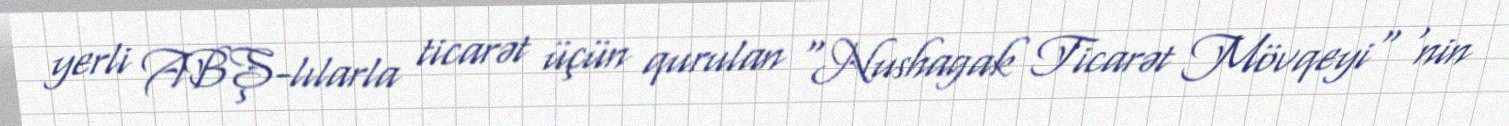
yerli ABŞ-lılarla ticarət üçün qurulan "Nushagak Ticarət Mövqeyi" 'nin